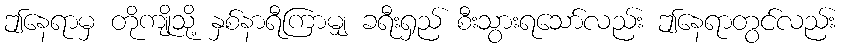
ဤနေရာမှ တိုကျိုသို့ နှစ်နာရီကြာမျှ ခရီးရှည် စီးသွားရသော်လည်း ဤနေရာတွင်လည်း